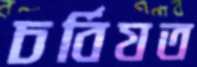
চর্বিযত